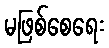
မဖြစ်စေရေး